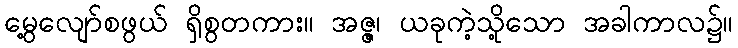
မွေ့လျော်စဖွယ် ရှိစွတကား။ အဇ္ဇ၊ ယခုကဲ့သို့သော အခါကာလ၌။